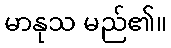
မာနုသ မည်၏။